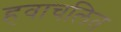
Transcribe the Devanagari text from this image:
हवाचलित